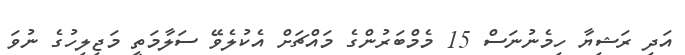
އަދި ރަޝިޔާ ހިމެނުނަސް 15 މެމްބަރުންގެ މައްޗަށް އެކުލެވޭ ސަލާމަތީ މަޖިލިހުގެ ނުވަ